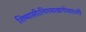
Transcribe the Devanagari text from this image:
शिष्यासी।निगमाद्यगोचराशी